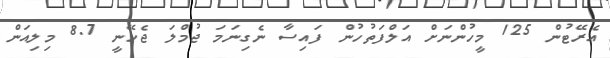
އެރޭޓުން 125 މީހުންނަށް އަލްފަތުހުން ފައިސާ ނެގިނަމަ ޖުމްލަ ޖެހޭނީ 8.7 މިލިއަން